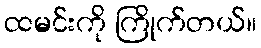
ထမင်းကို ကြိုက်တယ်။